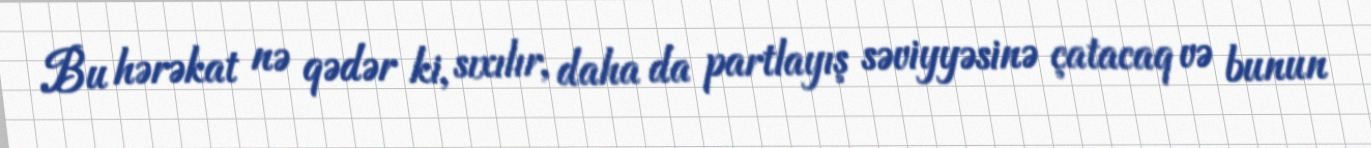
Bu hərəkat nə qədər ki, sıxılır, daha da partlayış səviyyəsinə çatacaq və bunun